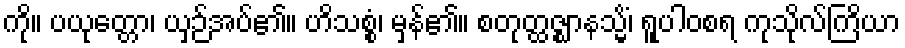
ကို။ ပယုတ္တော၊ ယှဉ်အပ်၏။ ဟိသစ္စံ၊ မှန်၏။ စတုတ္ထဇ္ဈာနသ္မိံ၊ ရူပါဝစရ ကုသိုလ်ကြိယာ